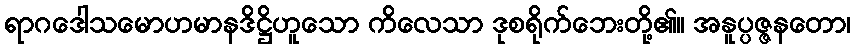
ရာဂဒေါသမောဟမာနဒိဋ္ဌိဟူသော ကိလေသာ ဒုစရိုက်ဘေးတို့၏။ အနူပ္ပဇ္ဇနတော၊